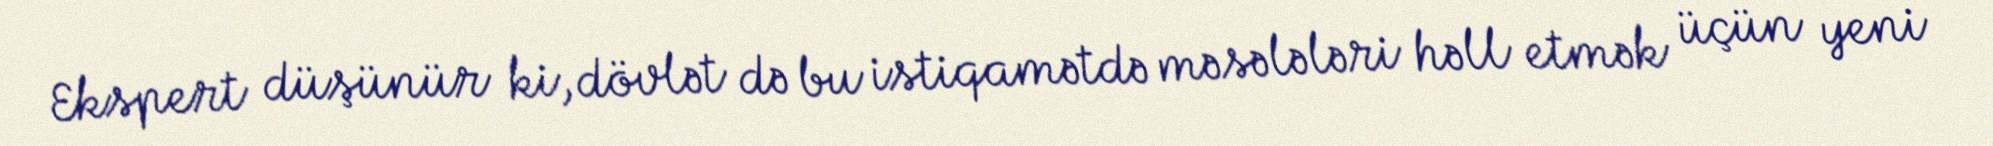
Ekspert düşünür ki, dövlət də bu istiqamətdə məsələləri həll etmək üçün yeni